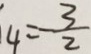
4 = - \frac { 3 } { 2 }